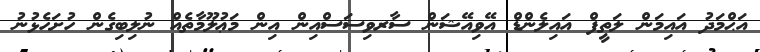
އަޙްމަދު އައިމަން ލަތީފް އައިލެންޑް އޭވިއޭޝަން ސާރވިސަސްއިން އިން މަޢުލޫމާތެއް ނުލިބިގެން ހުށަހެޅުނު